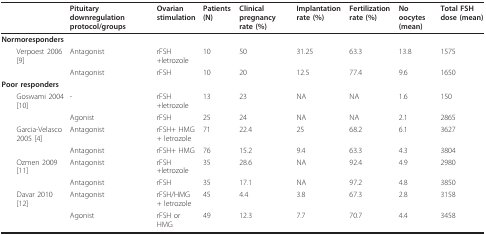
<table><thead><tr><td></td><td><b>Pituitary downregulation protocol/groups</b></td><td><b>Ovarian stimulation</b></td><td><b>Patients (N)</b></td><td><b>Clinical pregnancy rate (%)</b></td><td><b>Implantation rate (%)</b></td><td><b>Fertilization rate (%)</b></td><td><b>No oocytes (mean)</b></td><td><b>Total FSH dose (mean)</b></td></tr></thead><tbody><tr><td><b>Normoresponders</b></td><td></td><td></td><td></td><td></td><td></td><td></td><td></td><td></td></tr><tr><td> Verpoest 2006 [9]</td><td>Antagonist</td><td>rFSH+letrozole</td><td>10</td><td>50</td><td>31.25</td><td>63.3</td><td>13.8</td><td>1575</td></tr><tr><td></td><td>Antagonist</td><td>rFSH</td><td>10</td><td>20</td><td>12.5</td><td>77.4</td><td>9.6</td><td>1650</td></tr><tr><td><b>Poor responders</b></td><td></td><td></td><td></td><td></td><td></td><td></td><td></td><td></td></tr><tr><td> Goswami 2004 [10]</td><td>-</td><td>rFSH+letrozole</td><td>13</td><td>23</td><td>NA</td><td>NA</td><td>1.6</td><td>150</td></tr><tr><td></td><td>Agonist</td><td>rFSH</td><td>25</td><td>24</td><td>NA</td><td>NA</td><td>2.1</td><td>2865</td></tr><tr><td> Garcia-Velasco 2005 [4]</td><td>Antagonist</td><td>rFSH+ HMG+ letrozole</td><td>71</td><td>22.4</td><td>25</td><td>68.2</td><td>6.1</td><td>3627</td></tr><tr><td></td><td>Antagonist</td><td>rFSH+ HMG</td><td>76</td><td>15.2</td><td>9.4</td><td>63.3</td><td>4.3</td><td>3804</td></tr><tr><td> Ozmen 2009 [11]</td><td>Antagonist</td><td>rFSH+letrozole</td><td>35</td><td>28.6</td><td>NA</td><td>92.4</td><td>4.9</td><td>2980</td></tr><tr><td></td><td>Antagonist</td><td>rFSH</td><td>35</td><td>17.1</td><td>NA</td><td>97.2</td><td>4.8</td><td>3850</td></tr><tr><td> Davar 2010 [12]</td><td>Antagonist</td><td>rFSH/HMG + letrozole</td><td>45</td><td>4.4</td><td>3.8</td><td>67.3</td><td>2.8</td><td>3158</td></tr><tr><td></td><td>Agonist</td><td>rFSH or HMG</td><td>49</td><td>12.3</td><td>7.7</td><td>70.7</td><td>4.4</td><td>3458</td></tr></tbody></table>